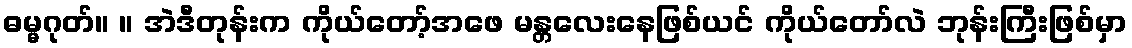
ဓမ္မဂုတ်။ ။ အဲဒီတုန်းက ကိုယ်တော့်အဖေ မန္တလေးနေဖြစ်ယင် ကိုယ်တော်လဲ ဘုန်းကြီးဖြစ်မှာ